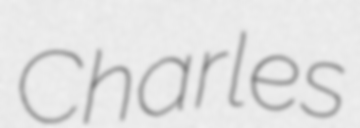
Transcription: Charles